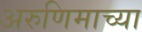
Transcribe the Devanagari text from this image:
अरुणिमाच्या